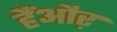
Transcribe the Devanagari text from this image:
हैंऔऱ